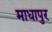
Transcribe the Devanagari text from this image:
माधापुर